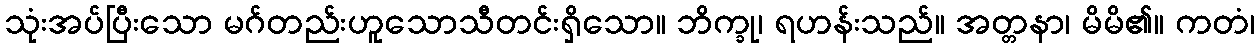
သုံးအပ်ပြီးသော မဂ်တည်းဟူသောသီတင်းရှိသော။ ဘိက္ခု၊ ရဟန်းသည်။ အတ္တနာ၊ မိမိ၏။ ကတံ၊